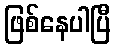
ဖြစ်နေပါပြီ